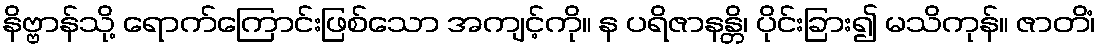
နိဗ္ဗာန်သို့ ရောက်ကြောင်းဖြစ်သော အကျင့်ကို။ န ပရိဇာနန္တိ၊ ပိုင်းခြား၍ မသိကုန်။ ဇာတိံ၊